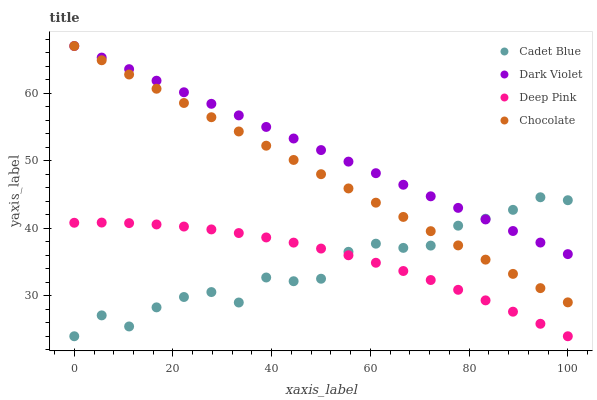
| xaxis_label | Cadet Blue | Dark Violet | Deep Pink | Chocolate |
 | --- | --- | --- | --- | --- |
 | 0 | 24 | 67 | 40.8 | 67 |
 | 5.56 | 27.1 | 65.3 | 40.8 | 64.9 |
 | 11.1 | 25.5 | 63.6 | 40.8 | 62.8 |
 | 16.7 | 28.3 | 61.9 | 40.6 | 60.7 |
 | 22.2 | 29.8 | 60.1 | 40.3 | 58.6 |
 | 27.8 | 30.5 | 58.4 | 39.8 | 56.4 |
 | 33.3 | 29 | 56.7 | 39.3 | 54.3 |
 | 38.9 | 32.7 | 55 | 38.6 | 52.2 |
 | 44.4 | 32.2 | 53.3 | 37.9 | 50.1 |
 | 50 | 32.5 | 51.6 | 37 | 48 |
 | 55.6 | 36.5 | 49.9 | 36 | 45.9 |
 | 61.1 | 37.7 | 48.2 | 34.9 | 43.8 |
 | 66.7 | 37.1 | 46.4 | 33.7 | 41.7 |
 | 72.2 | 37.4 | 44.7 | 32.3 | 39.6 |
 | 77.8 | 40.4 | 43 | 30.9 | 37.5 |
 | 83.3 | 41.4 | 41.3 | 29.3 | 35.3 |
 | 88.9 | 42.7 | 39.6 | 27.6 | 33.2 |
 | 94.4 | 44.6 | 37.9 | 25.8 | 31.1 |
 | 100 | 44.2 | 36.2 | 24 | 29 |